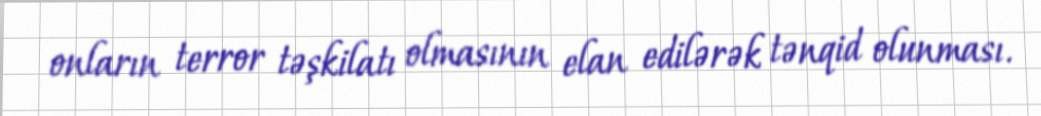
onların terror təşkilatı olmasının elan edilərək tənqid olunması.